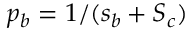
p _ { b } = 1 / ( s _ { b } + S _ { c } )